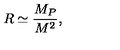
R \simeq \frac { M _ { P } } { M ^ { 2 } } ,